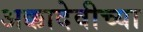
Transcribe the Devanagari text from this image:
अक्कादेवीच्या